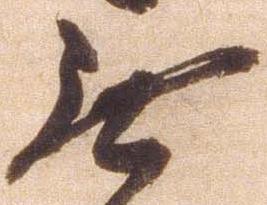
無